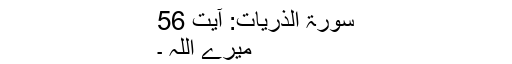
سورۃ الذریات: آیت 56
میرے اللہ ۔